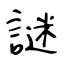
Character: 謎